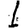
Digit: 1